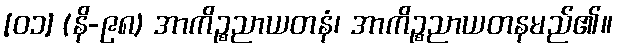
[၀၁] (နိ-၉၈) အာကိဉ္စညာယတနံ၊ အာကိဉ္စညာယတနမည်၏။